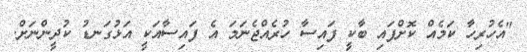
"އެހުރިހާ ކަމެއް ކޮށްފައި ބާކީ ފައިސާ ހުރެއްޖެނަމަ އެ ފައިސާއަކީ އަޅުގަނޑު ކުދީންނަށް.